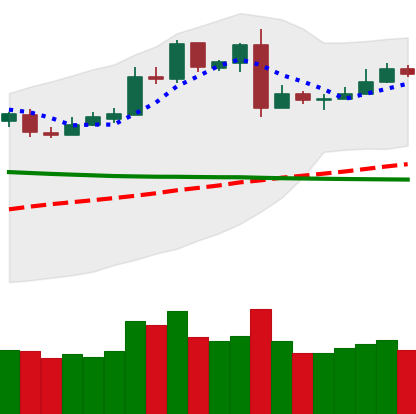
Ticker: LTC-USD
Chart end date: 2019-03-03
Forward return: 15.955%
Label: up_7plus